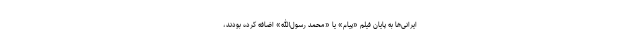
ایرانی‌ها به پایان فیلم «پیام» یا «محمد رسول‌الله» اضافه کرده بودند،